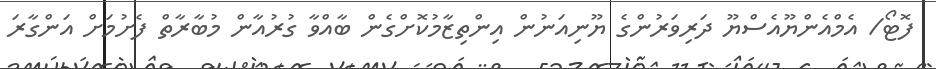
ފޮޓޯ/ އެމްއެންޔޫއެސްޔޫ ދަރިވަރުންގެ ޔޫނިއަނުން އިންތިޒާމުކޮށްގެން ބާއްވާ ގުރުއާން މުބާރާތް ފެށުމަށް އަންގާރަ